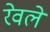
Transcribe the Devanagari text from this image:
रेवले